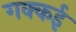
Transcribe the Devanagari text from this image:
गक्‍कई